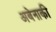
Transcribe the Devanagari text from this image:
अबेनाकी